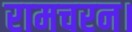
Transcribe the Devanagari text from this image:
रामचरन।